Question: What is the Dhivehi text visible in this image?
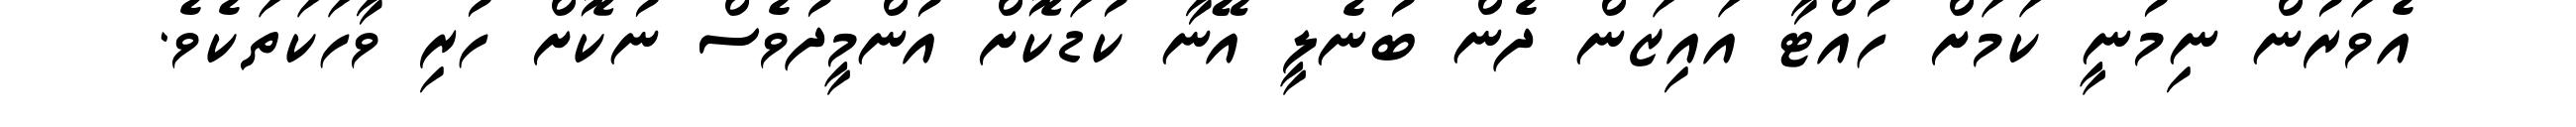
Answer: އެވަރުން ނިމުނީ ކަމަށް ހުއްޓާ އައިޒަން ދެން ބުނެލީ އޭނާ ކުޑަކޮށް އުންމީދުވެސް ނުކޮށް ހުރި ވާހަކަތަކެވެ.